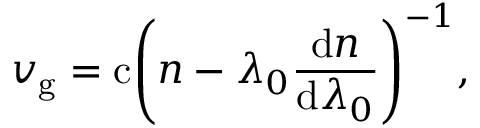
v _ { \mathrm { g } } = \mathrm { c } \! \left( n - \lambda _ { 0 } { \frac { \mathrm { d } n } { \mathrm { d } \lambda _ { 0 } } } \right) ^ { - 1 } \! ,